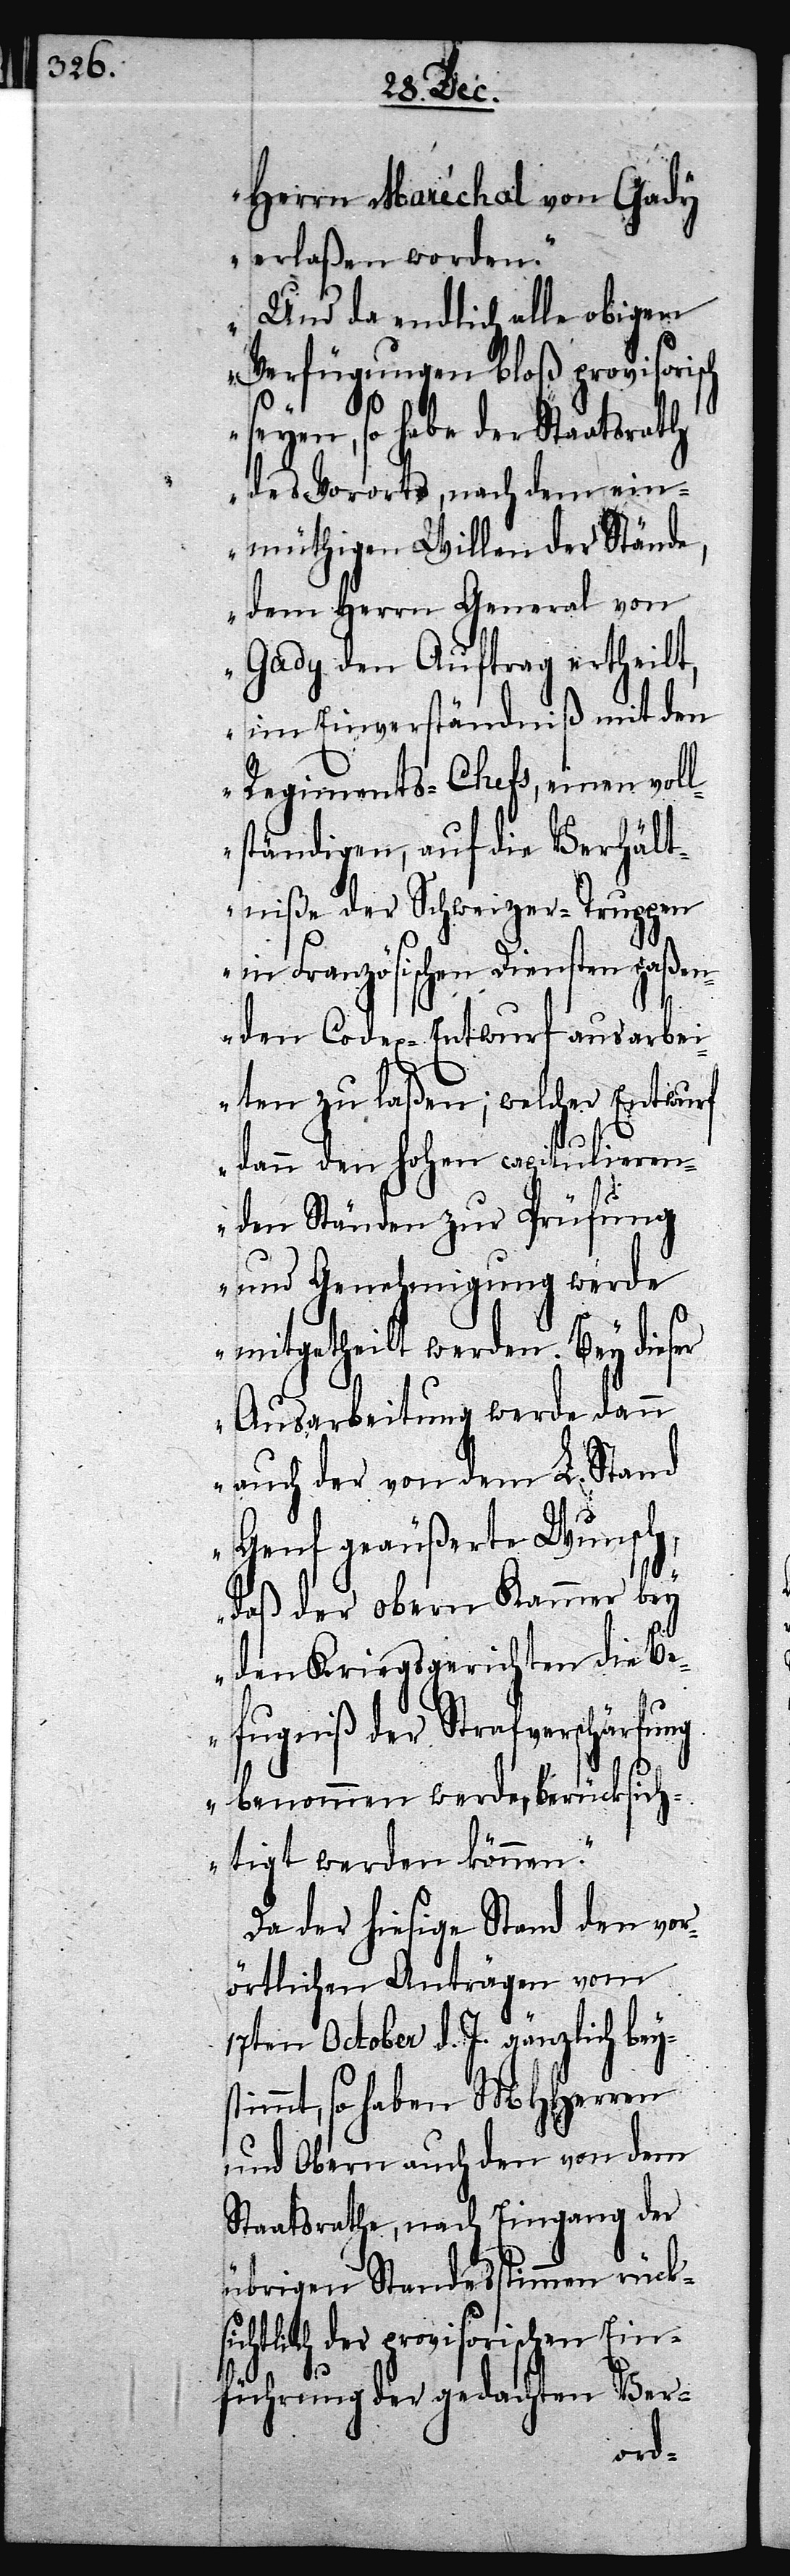
Herrn Maréchal von Gady
erlaßen worden.
Und da endlich alle obigen
Verfügungen bloß provisorisch
seyen, so habe der Staats¬
des Vororts, nach dem ein¬
müthigen Willen der Stände,
dem Herrn General von
Gady den Auftrag ertheilt,
im Einverständniß mit den
Regiments-Chefs, einen vol¬
lständigen, auf die Verhält¬
niße der Schweizer-Truppen
in Französischen Diensten paßen¬
den Codex-Entwurf ausarbei¬
ten zu laßen; welcher Entwurf
dann den Hohen capitulieren¬
den Ständen zur Prüfung
und Genehmigung werde
mitgetheilt werden. Bey dieser
Ausarbeitung werde dann
auch der von dem L. Stand
Genf geäußerte Wunsch,
daß der obern Kammer bey
den Kriegsgerichten die Be¬
fugniß der Strafverschärfung
benommen werde, berücksich¬
tigt werden können.“
Da der hiesige Stand den vor¬
örtlichen Anträgen vom
17ten October d. J. gänzlich beys¬
timmt, so haben MHHerren
und Obern auch den von dem
Staatsrathe, nach Eingang der
übrigen Standesstimmen rück¬
sichtlich der provisorischen Ein¬
führung der gedachten Ver-
rath